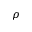
\rho